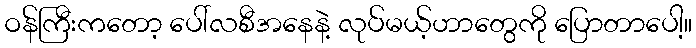
ဝန်ကြီးကတော့ ပေါ်လစီအနေနဲ့ လုပ်မယ့်ဟာတွေကို ပြောတာပေါ့။